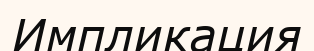
Импликация